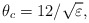
\begin{align*}\theta_c=12/\sqrt{\varepsilon},\end{align*}